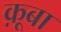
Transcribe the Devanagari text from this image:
क़ूबा